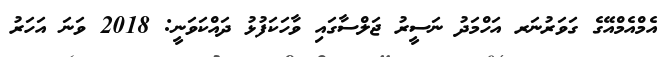
އެމްއެމްއޭގެ ގަވަރުނަރ އަހްމަދު ނަސީރު ޖަލްސާގައި ވާހަކަފުޅު ދައްކަވަނީ: 2018 ވަނަ އަހަރު